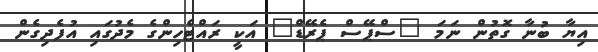
އިޔާ ބުނާ ގޮތުން ނަމަ "ސްޕޭސް ޕެރޭޑް" އަކީ ރައްޓެހިންގެ މެދުގައި އުފެދިގެން